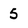
Character: 5